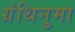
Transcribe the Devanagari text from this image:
ग्रंथिनुमा